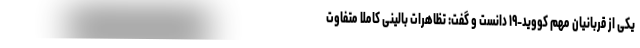
یکی از قربانیان مهم کووید-۱۹ دانست و گفت: تظاهرات بالینی کاملا متفاوت